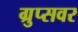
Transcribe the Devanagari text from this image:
ग्रुप्सवर